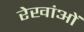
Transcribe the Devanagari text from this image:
रेखांओं